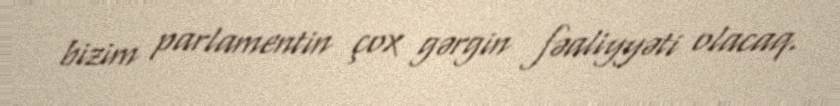
bizim parlamentin çox gərgin fəaliyyəti olacaq.